Indian journal of veterinary science and animal husbandry - Volume 13,
Year: 1943
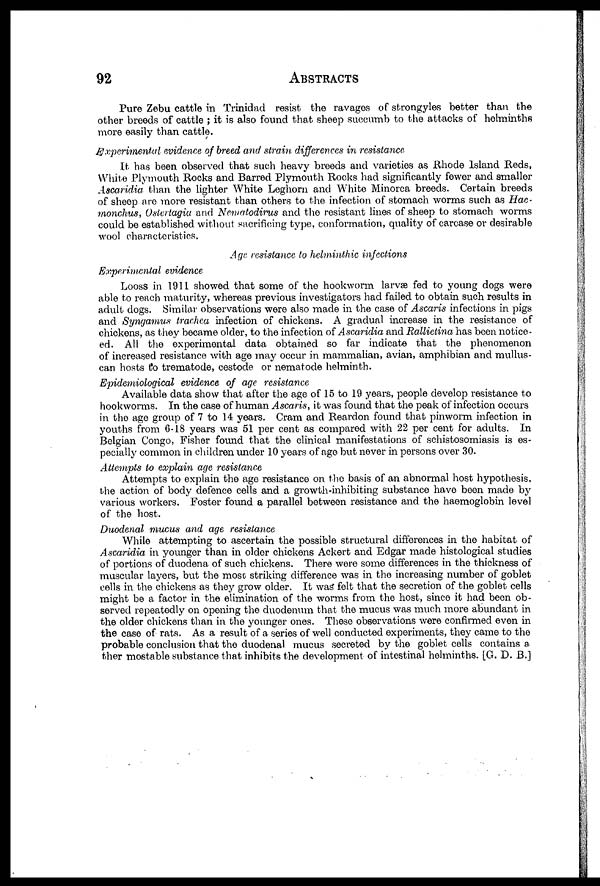
92
ABSTRACTS
Pure Zebu cattle in Trinidad resist the ravages of strongyles better than the
other breeds of cattle ; it is also found that sheep succumb to the attacks of helminths
more easily than cattle.
Experimental evidence of breed and strain differences in resistance
It has been observed that such heavy breeds and varieties as Rhode Island Reds,
White Plymouth Rocks and Barred Plymouth Rocks had significantly fewer and smaller
Ascaridia than the lighter White Leghorn and White Minorca breeds. Certain breeds
of sheep are more resistant than others to the infection of stomach worms such as Hae-
monchus, Ostertagia and Nematodirus and the resistant lines of sheep to stomach worms
could be established without sacrificing type, conformation, quality of carcase or desirable
wool characteristies.
Age, resistance to helminthic infections
Experimental evidence
Looss in 1911 showed that some of the hookworm larvæ fed to young dogs were
able to reach maturity, whereas previous investigators had failed to obtain such results in
adult dogs. Similar observations were also made in the case of Ascaris infections in pigs
and Syngamus trachea infection of chickens. A gradual increase in the resistance of
chickens, as they became older, to the infection of Ascaridia and Rallietina has been notice¬
ed. All the experimental data obtained so far indicate that the phenomenon
of increased resistance with age may occur in mammalian, avian, amphibian and mullus¬
can hosts to trematode, cestode or nematode helminth.
Epidemiological evidence of age resistance
Available data show that after the age of 15 to 19 years, people develop resistance to
hookworms. In the case of human Ascaris, it was found that the peak of infection occurs
in the age group of 7 to 14 years. Cram and Reardon found that pinworm infection in
youths from 6-18 years was 51 per cent as compared with 22 per cent for adults. In
Belgian Congo, Fisher found that the clinical manifestations of schistosomiasis is es-
pecially common in children under 10 years of age but never in persons over 30.
Attempts to explain age resistance
Attempts to explain the age resistance on the basis of an abnormal host hypothesis,
the action of body defence cells and a growth-inhibiting substance have been made by
various workers. Foster found a parallel between resistance and the haemoglobin level
of the host.
Duodenal mucus and age resistance
While attempting to ascertain the possible structural differences in the habitat of
Ascaridia in younger than in older chickens Ackert and Edgar made histological studies
of portions of duodena of such chickens. There were some differences in the thickness of
muscular layers, but the most striking difference was in the increasing number of goblet
cells in the chickens as they grow older. It was* felt that the secretion of the goblet cells
might be a factor in the elimination of the worms from the host, since it had been ob-
served repeatedly on opening the duodenum that the mucus was much more abundant in
the older chickens than in the younger ones. These observations were confirmed even in
the case of rats. As a result of a series of well conducted experiments, they came to the
probable conclusion that the duodenal mucus secreted by the goblet cells contains a.
ther mostable substance that inhibits the development of intestinal helminths. [G. D. B.]